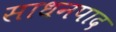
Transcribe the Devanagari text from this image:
साधनपाद